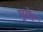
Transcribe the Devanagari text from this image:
मुगेर